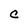
Character: C